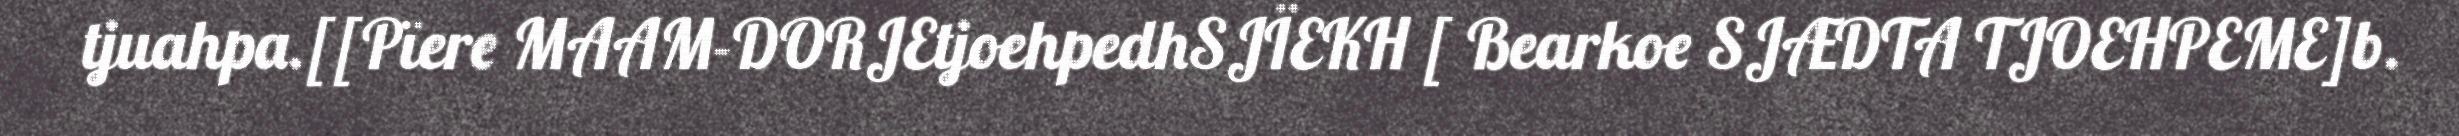
tjuahpa.[[Pïere MAAM-DORJEtjoehpedhSJÏEKH [ Bearkoe SJÆDTA TJOEHPEME]b.